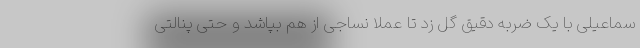
سماعیلی با یک ضربه دقیق گل زد تا عملاً نساجی از هم بپاشد و حتی پنالتی